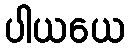
ပါယယေ